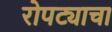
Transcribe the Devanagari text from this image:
रोपट्याचा